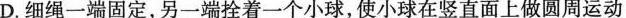
D.细绳一端固定，另一端拴着一个小球，使小球在竖直面上做圆周运动